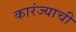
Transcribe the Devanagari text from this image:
कारंज्याची